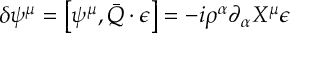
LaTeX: \delta \psi ^ { \mu } = \left[ \psi ^ { \mu } , \bar { Q } \cdot \epsilon \right] = - i \rho ^ { \alpha } \partial _ { \alpha } X ^ { \mu } \epsilon